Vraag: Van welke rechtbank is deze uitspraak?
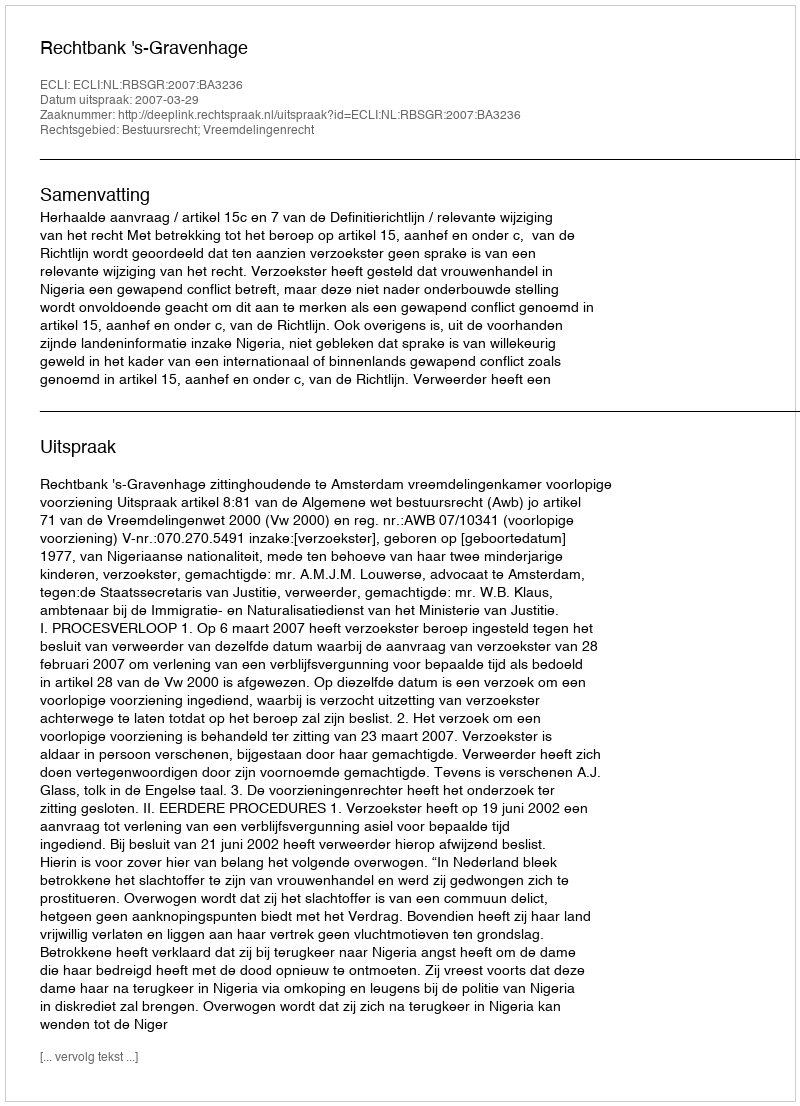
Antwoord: Rechtbank 's-Gravenhage